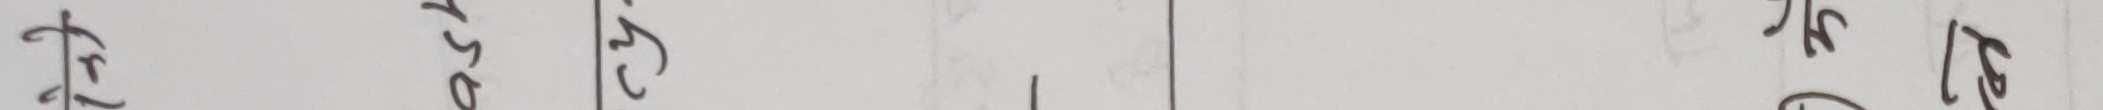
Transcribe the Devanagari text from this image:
फे पु अ स ग इ ३ जे अ १